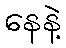
နေနဲ့